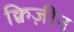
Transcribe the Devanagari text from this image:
क्विज़ीन